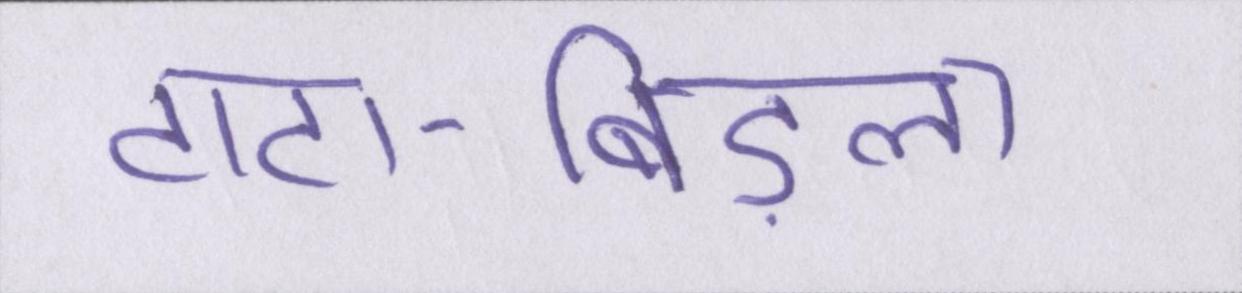
टाटा-बिड़ला